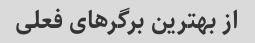
از بهترین برگر‌های فعلی